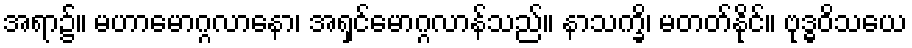
အရာ၌။ မဟာမောဂ္ဂလာနော၊ အရှင်မောဂ္ဂလာန်သည်။ နာသက္ခိ၊ မတတ်နိုင်။ ဗုဒ္ဓဝိသယေ